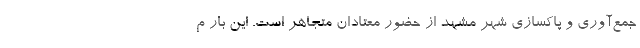
جمع‌آوری و پاکسازی شهر مشهد از حضور معتادان متجاهر است. این بار م